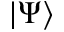
\left| \Psi \right\rangle